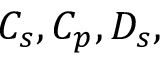
C _ { s } , C _ { p } , D _ { s } ,